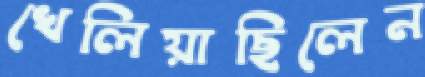
খেলিয়াছিলেন